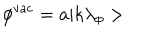
\phi ^ { \textrm { v a c } } = a | k \lambda _ { \phi } >